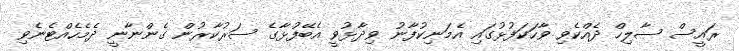
ރައީސް ޞާލިހް ދެއްކެވި ވާހަކަފުޅުގައި އެމަނިކުފާނު ވިދާޅުވީ އެބޭފުޅާގެ ސަރުކާރުން ގެންނާނީ ދެމެހެއްޓެނެވި